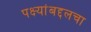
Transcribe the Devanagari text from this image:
पक्ष्यांबद्दलचा